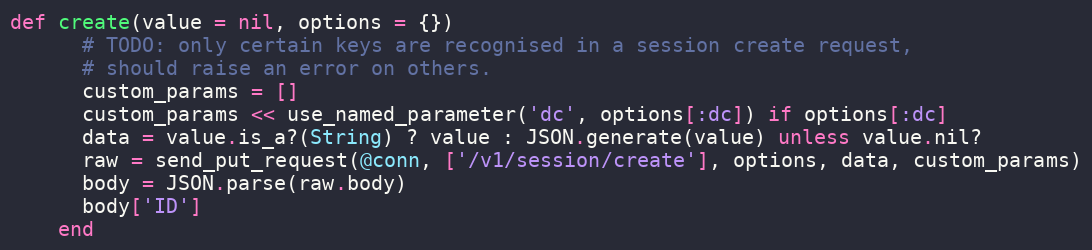
Language: Ruby
def create(value = nil, options = {})
      # TODO: only certain keys are recognised in a session create request,
      # should raise an error on others.
      custom_params = []
      custom_params << use_named_parameter('dc', options[:dc]) if options[:dc]
      data = value.is_a?(String) ? value : JSON.generate(value) unless value.nil?
      raw = send_put_request(@conn, ['/v1/session/create'], options, data, custom_params)
      body = JSON.parse(raw.body)
      body['ID']
    end